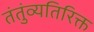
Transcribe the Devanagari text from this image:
तंतुंव्यतिरिक्त